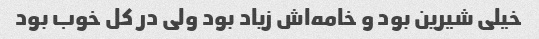
خیلی شیرین بود و خامه‌اش زیاد بود ولی در کل خوب بود